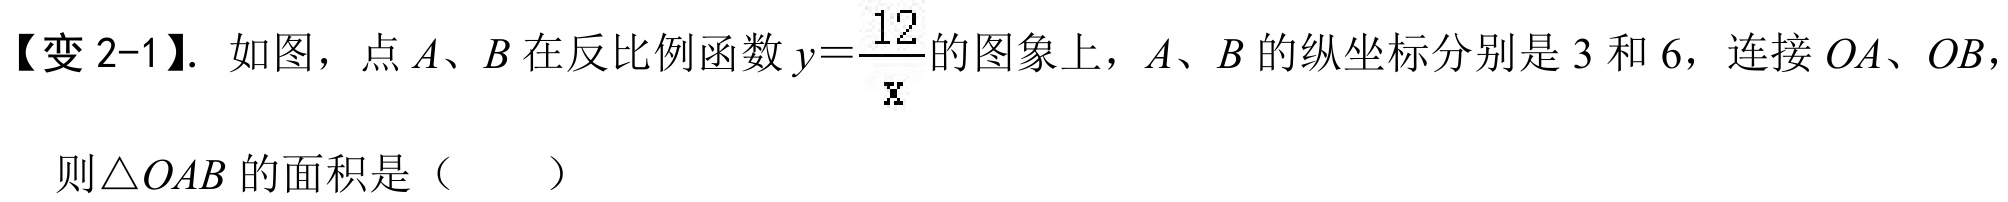
【变2-1】. 如图，点\(A、B\)在反比例函数\(y = \dfrac{12}{x}\)的图象上，\(A、B\)的纵坐标分别是\(3\)和\(6\)，连接\(OA、OB\)，
则\(\triangle OAB\)的面积是（  ）